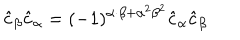
\hat { c } _ { \beta } \hat { c } _ { \alpha } = ( - 1 ) ^ { \alpha \cdot \beta + { \alpha } ^ { 2 } { \beta } ^ { 2 } } \hat { c } _ { \alpha } \hat { c } _ { \beta }